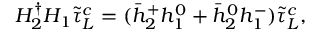
H _ { 2 } ^ { \dagger } H _ { 1 } \tilde { \tau } _ { L } ^ { c } = ( \bar { h } _ { 2 } ^ { + } h _ { 1 } ^ { 0 } + \bar { h } _ { 2 } ^ { 0 } h _ { 1 } ^ { - } ) \tilde { \tau } _ { L } ^ { c } ,